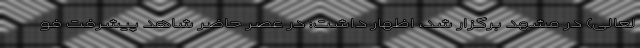
لعالی) در مشهد برگزار شد، اظهار داشت: ‌در عصر حاضر شاهد پیشرفت فو